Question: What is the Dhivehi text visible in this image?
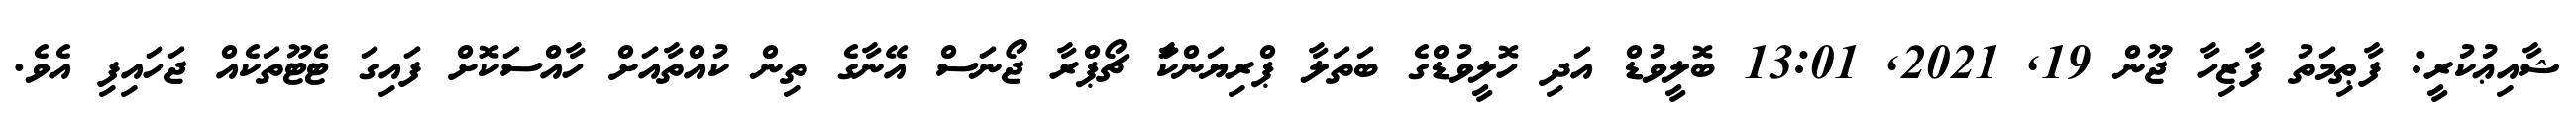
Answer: ޝާއިޢުކުރީ: ފާޠިމަތު ފާޒިހާ ޖޫން 19, 2021, 13:01 ބޮލީވުޑް އަދި ހޮލީވުޑްގެ ބަތަލާ ޕްރިޔަންކަާ ޗޯޕްރާ ޖޯނަސް އޭނާގެ ތިން ކުއްތާއަށް ހާއްސަކޮށް ފައިގަ ޓެޓޫތަކެއް ޖަހައިފި އެވެ.